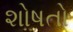
શોષતો